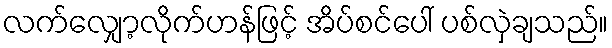
လက်လျှော့လိုက်ဟန်ဖြင့် အိပ်စင်ပေါ် ပစ်လှဲချသည်။